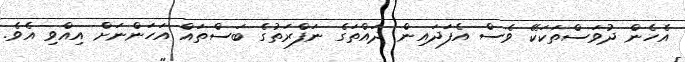
އެހެން ދުވަސްތަކަކޭ ވެސް އެފަދައިން ދައްތަގެ ނަފްރަތުގެ ބަސްތައް އަހަންނަށް އިއްވި އެވެ.